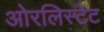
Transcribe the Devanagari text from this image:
ओरलिस्टेट